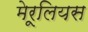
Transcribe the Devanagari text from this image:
मेरूलियस